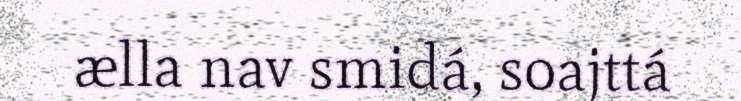
ælla nav smidá, soajttá